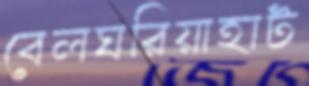
বেলঘরিয়াহাট